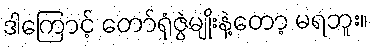
ဒါကြောင့် တော်ရုံဇွဲမျိုးနဲ့တော့ မရဘူး။